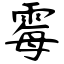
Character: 霉